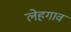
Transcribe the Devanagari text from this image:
लेहगाव